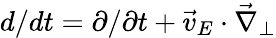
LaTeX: d/dt=\partial/\partial t+\vec{v}_{E}\cdot\vec{\nabla}_{\perp}